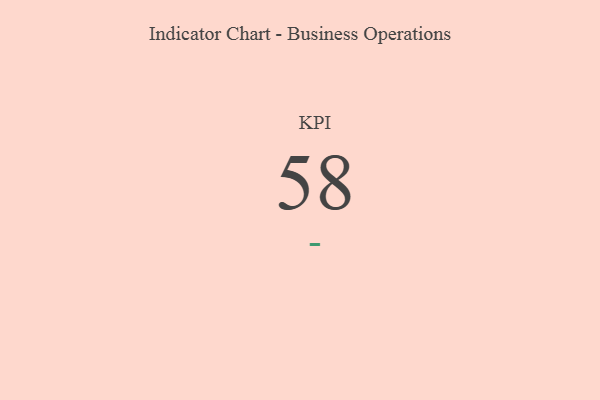
{"axis": {"x": "KPI", "y": "Value"}, "legend": [""], "data": [{"x": "KPI", "y": 58, "type": ""}]}